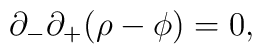
\partial_-\partial_+(\rho - \phi) = 0,